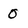
Character: 0